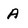
Character: A